Epidemic dropsy in Calcutta - Number 49
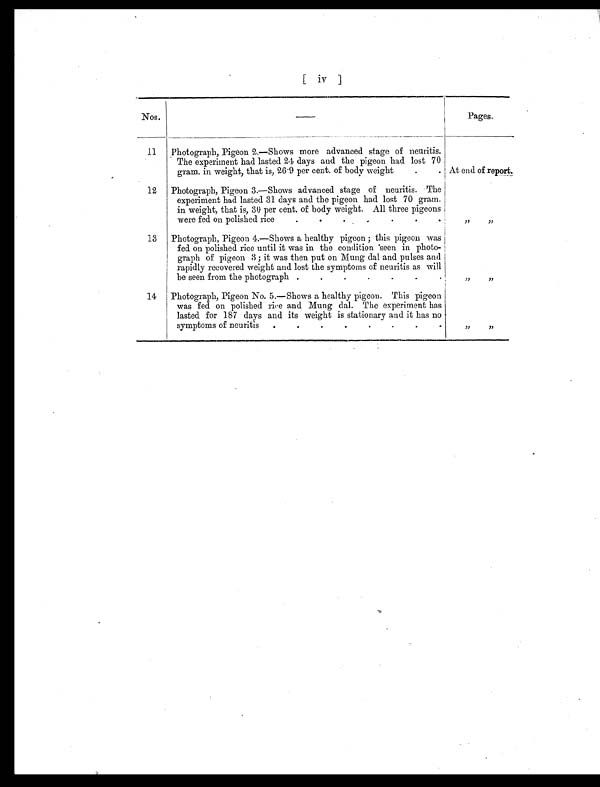
[ iv ]
Nos.
—
Pages.
11
Photograph, Pigeon 2.—Shows more advanced stage of neuritis.
The experiment had lasted 24 days and the pigeon had lost 70
gram. in weight, that is, 26.9 per cent. of body weight
.
. At end of report.
12
Photograph, Pigeon 3.—Shows advanced stage of neuritis. The
experiment had lasted 31 days and the pigeon had lost 70 gram.
in weight, that is, 30 per cent. of body weight. All three pigeons
were fed on polished rice .
.
.
.
.
.
.
„
„
13
Photograph, Pigeon 4.—Shows a healthy pigeon ; this pigeon was
fed on polished rice until it was in the condition seen in photo-
graph of pigeon 3 ; it was then put on Mung dal and pulses and
rapidly recovered weight and lost the symptoms of neuritis as will
be seen from the photograph .
.
.
.
.
.
.
„
„
14
Photograph, Pigeon No. 5.—Shows a healthy pigeon. This pigeon
was fed on polished rice and Mung dal. The experiment has
lasted for 187 days and its weight is stationary and it has no
symptoms of neuritis
. .
.
.
.
.
.
.
„
„